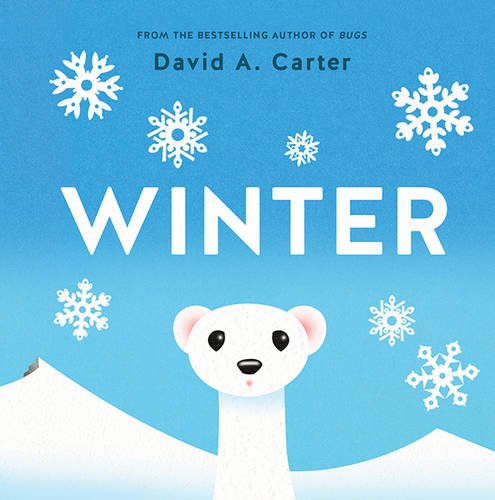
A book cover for Winter: A Pop-up Book (Seasons Pop-up); David Carter; Children's Books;